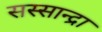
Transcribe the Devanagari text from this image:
सस्सान्द्रा